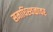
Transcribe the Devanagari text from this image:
समाधिस्थळावर